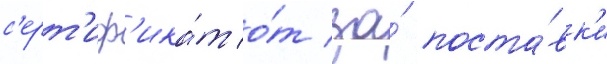
с'ерт'иф'ика́т о́т за́ поста́вк'и